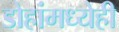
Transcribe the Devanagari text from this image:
डोहांमध्येही